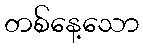
တစ်နေ့သော